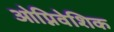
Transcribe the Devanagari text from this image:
ओप्निवेशिक